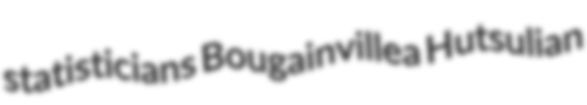
statisticians Bougainvillea Hutsulian